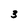
Character: 3